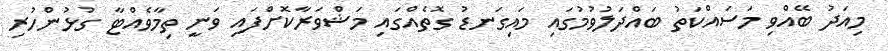
މިއަދު ބޭއްވި މަސައްކަތު ބައްދަލުވުމުގައި މައިގަނޑު ގޮތެއްގައި މަޝްވަރާކޮށްފައި ވަނީ ތިމާވެއްޓާ ގުޅުންހުރި